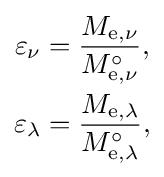
{\begin{aligned}\varepsilon _{\nu }&={\frac {M_{\mathrm {e} ,\nu }}{M_{\mathrm {e} ,\nu }^{\circ }}},\\\varepsilon _{\lambda }&={\frac {M_{\mathrm {e} ,\lambda }}{M_{\mathrm {e} ,\lambda }^{\circ }}},\end{aligned}}